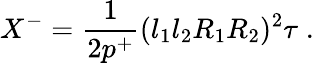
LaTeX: X^{-}=\frac{1}{2p^{+}}(l_{1}l_{2}R_{1}R_{2})^{2}\tau\; .